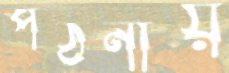
পঠনীয়